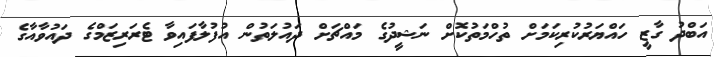
އަބްދު ގާޒީ ހައްޔަރުކުރިކަމަށް ތުހްމަތުކޮށް ނަޝީދުގެ މައްޗަށް ދައުލަތުން އުފުލާފައިވާ ޓެރަރިޒަމްގެ ދައުވާއާގެ